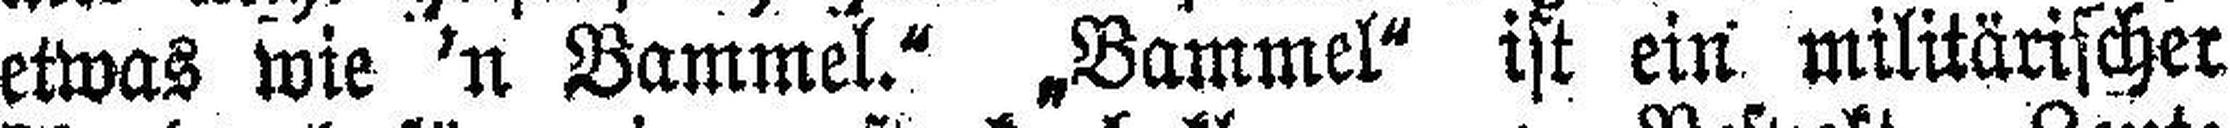
etwas wie ’n Bammel.“ „Bammel“ ist ein militärischer